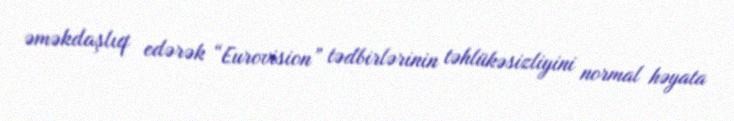
əməkdaşlıq edərək “Eurovision” tədbirlərinin təhlükəsizliyini normal həyata